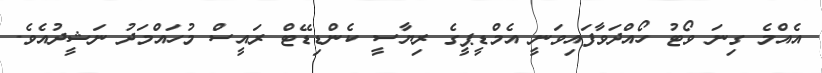
އެއްމެ ގިނަ ވޯޓު ހޯއްދަވާފައިވަނީ އެމްޑީޕީގެ ރިޔާސީ ކެންޑިޑޭޓް ރައީސް މުހައްމަދު ނަޝީދުއެވެ.